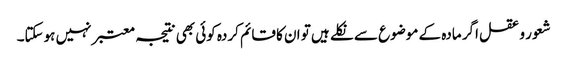
شعور و عقل اگر مادہ کے موضوع سے نکلے ہیں تو ان کا قائم کردہ کوئی بھی نتیجہ معتبر نہیں ہوسکتا۔